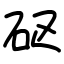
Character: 𥐰